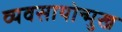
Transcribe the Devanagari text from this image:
व्यवसायोन्मुख